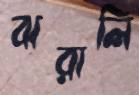
ঝরালি